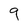
Character: 9